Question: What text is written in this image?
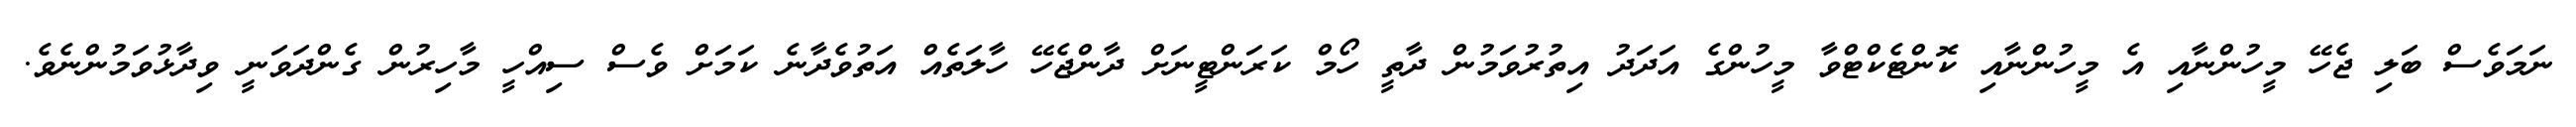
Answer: ނަމަވެސް ބަލި ޖެހޭ މީހުންނާއި އެ މީހުންނާއި ކޮންޓެކްޓްވާ މީހުންގެ އަދަދު އިތުރުވަމުން ދާތީ ހޯމް ކަރަންޓީނަށް ދާންޖެހޭ ހާލަތެއް އަތުވެދާނެ ކަމަށް ވެސް ސިއްހީ މާހިރުން ގެންދަވަނީ ވިދާޅުވަމުންނެވެ.